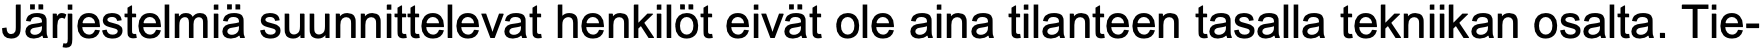
Järjestelmiä suunnittelevat henkilöt eivät ole aina tilanteen tasalla tekniikan osalta. Tie-